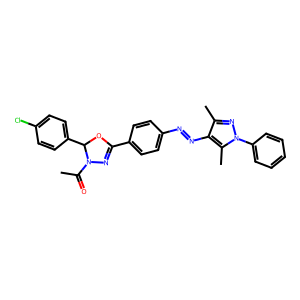
SMILES: CC(=O)N1N=C(c2ccc(N=Nc3c(C)nn(-c4ccccc4)c3C)cc2)OC1c1ccc(Cl)cc1
Inhibits HIV replication: No